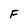
Character: F